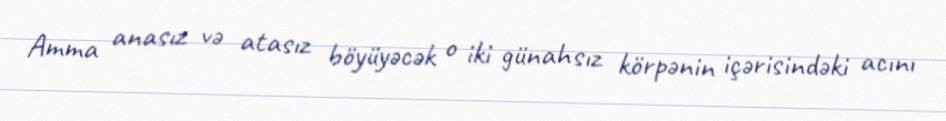
Amma anasız və atasız böyüyəcək o iki günahsız körpənin içərisindəki acını